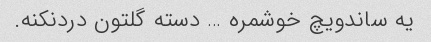
یه ساندویچ خوشمره … دسته گلتون دردنکنه.